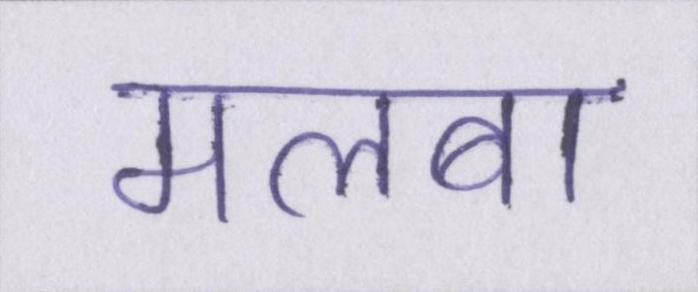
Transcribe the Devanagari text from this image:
मलबा